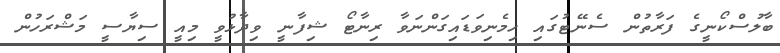
ބާލުސްކޯނީގެ ފަރާތުން ސެނޭޓުގައި ހިމެނިވަޑައިގަންނަވާ ރިނާޓޯ ޝިފާނީ ވިދާޅުވީ މިއީ ސިޔާސީ މަޝްރަހުން